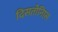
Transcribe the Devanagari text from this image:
दिसतोनिास